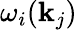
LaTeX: \omega_{i}(\mathbf{k}_{j})